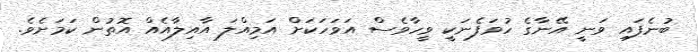
ބުނެފައި ވަނީ އޭނާގެ ހުވަފެނަކީ ވީހާވެސް އަވަހަކަށް އަމިއްލަ އާއިލާއެއް އޮތުން ކަމަށެވެ.